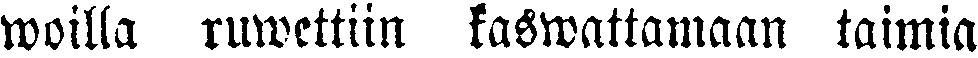
woilla ruwettiin kaswattamaan taimia